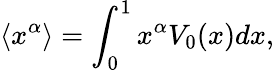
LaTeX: \left\langle x^{\alpha}\right\rangle=\int_{0}^{1}x^{\alpha}V_{0}(x)dx,